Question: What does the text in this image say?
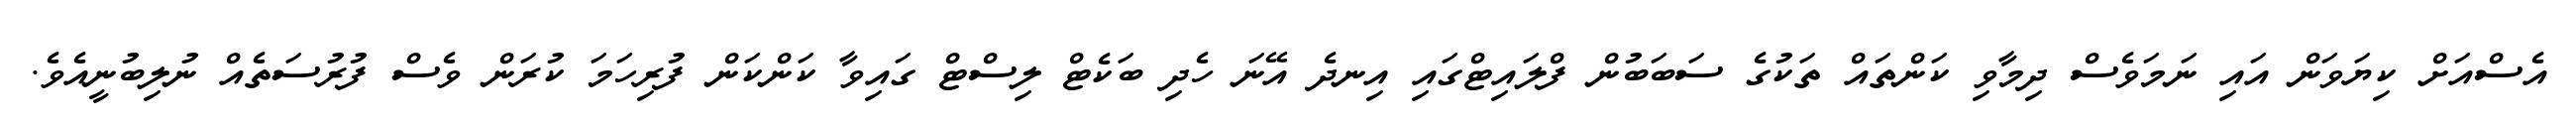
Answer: އެސްއަށް ކިޔަވަން އައި ނަމަވެސް ދިމާވި ކަންތައް ތަކުގެ ސަބަބުން ފްލައިޓްގައި އިނދެ އޭނަ ހެދި ބަކެޓް ލިސްޓް ގައިވާ ކަންކަން ފުރިހަމަ ކުރަން ވެސް ފުރުސަތެއް ނުލިބުނީއެވެ.